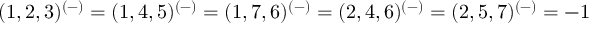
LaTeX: ( 1 , 2 , 3 ) ^ { ( - ) } = ( 1 , 4 , 5 ) ^ { ( - ) } = ( 1 , 7 , 6 ) ^ { ( - ) } = ( 2 , 4 , 6 ) ^ { ( - ) } = ( 2 , 5 , 7 ) ^ { ( - ) } = - 1